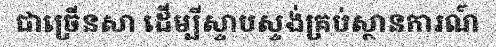
ជាច្រើនសា ដើម្បីស្ទាបស្ទង់គ្រប់ស្ថានការណ៍